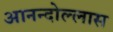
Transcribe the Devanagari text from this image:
आनन्दोल्लास